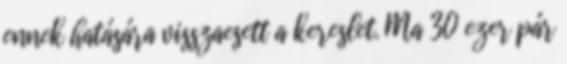
ennek hatására visszaesett a kereslet. Ma 30 ezer pár